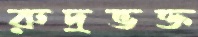
রুদ্রভক্ত